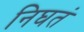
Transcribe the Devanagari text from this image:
निघतं